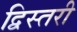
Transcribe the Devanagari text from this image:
द्विस्तरी